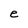
Character: e